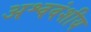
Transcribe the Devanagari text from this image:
अश्ववंशीय